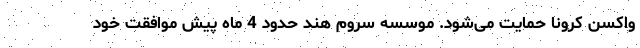
واکسن کرونا حمایت می‌شود. موسسه سروم هند حدود 4 ماه پیش موافقت خود